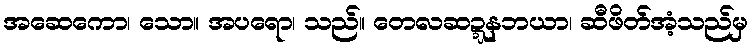
အဆေကော၊ သော။ အပရော၊ သည်။ တေလဆဍ္ဍနဘယာ၊ ဆီဖိတ်အံ့သည်မှ